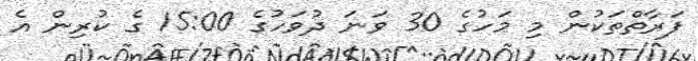
ފަރާތްތަކުން މި މަހުގެ 30 ވަނަ ދުވަހުގެ 15:00 ގެ ކުރިން އެ